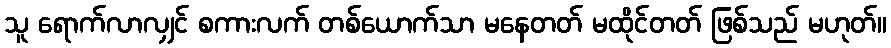
သူ ရောက်လာလျှင် စကားလက် တစ်ယောက်သာ မနေတတ် မထိုင်တတ် ဖြစ်သည် မဟုတ်။